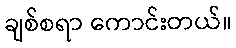
ချစ်စရာ ကောင်းတယ်။